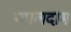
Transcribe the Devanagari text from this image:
ग्वालदाम